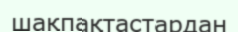
шақпақтастардан